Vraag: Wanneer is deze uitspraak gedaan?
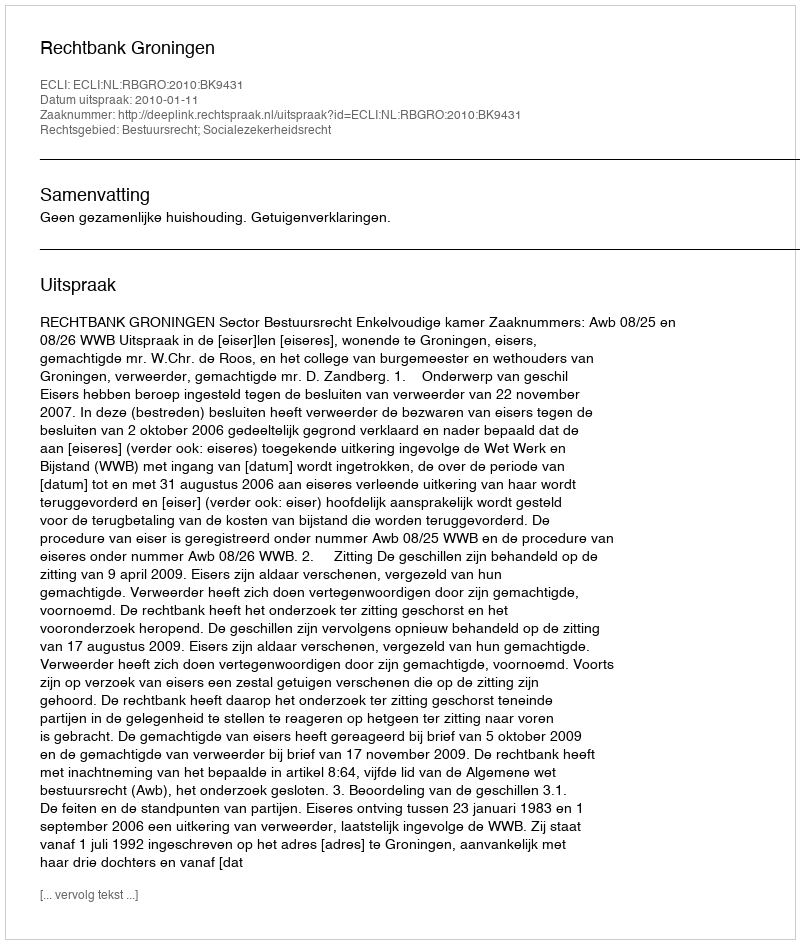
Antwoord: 2010-01-11